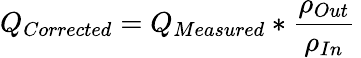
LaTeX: Q_{Corrected}=Q_{Measured}*{\frac{\rho_{Out}}{\rho_{In}}}\,